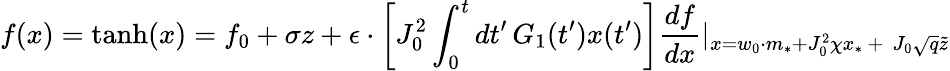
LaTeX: f(x)=\mathrm{tanh}(x)=f_{0}+\sigma z+\epsilon\cdot\left[J_{0}^{2}\int_{0}^{t}dt^{\prime}\, G_{1}(t^{\prime})x(t^{\prime})\right]\frac{df}{dx}|_{x=w_{0}\cdot m_{*}+J_{0}^{2}\chi x_{*}\, +\, \, J_{0}\sqrt{q}\tilde{z}}